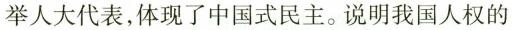
举人大代表，体现了中国式民主。说明我国人权的